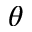
\theta